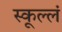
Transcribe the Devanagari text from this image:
स्कूल्लं